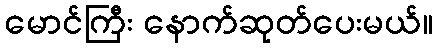
မောင်ကြီး နောက်ဆုတ်ပေးမယ်။